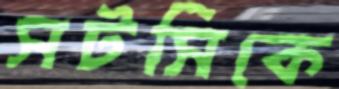
সটসিকে